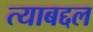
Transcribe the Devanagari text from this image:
त्‍याबद्दल